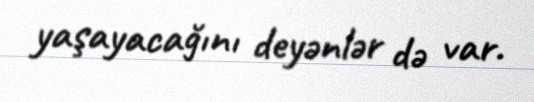
yaşayacağını deyənlər də var.